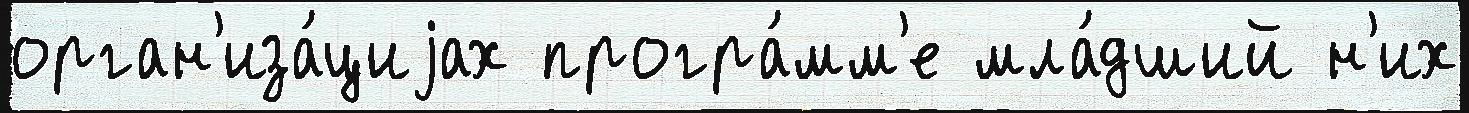
орган'иза́циjах програ́мм'е мла́дший н'их